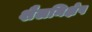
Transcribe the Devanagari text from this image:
शैलनिक्षेप